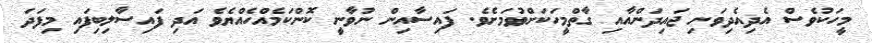
މީހަކުވެސް އެދިއެދިވަނި ޖައިދަންއާއި ގާތްމީހަކަށްވުމަށެވެ. ފައިސާއިން ނުވާނީ ކޮންކަމެއްހެއްޔެވެ އަދި ފައިސާލިބިފައި މިފަދަ